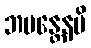
ဘမန္တေနပိ